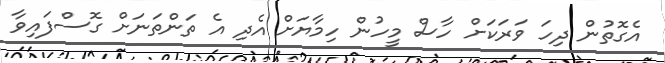
އެގޮތުން ދިހަ ވަރަކަށް ހާސް މީހުން ހިމާޔަށް އެދި އެ ތަންތަނަށް ގޮސްފައިވާ